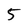
Character: 5